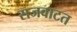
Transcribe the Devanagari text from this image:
सजवाटत